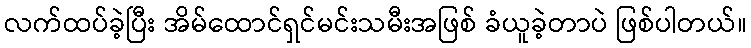
လက်ထပ်ခဲ့ပြီး အိမ်ထောင်ရှင်မင်းသမီးအဖြစ် ခံယူခဲ့တာပဲ ဖြစ်ပါတယ်။